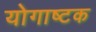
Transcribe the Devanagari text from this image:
योगाष्टक